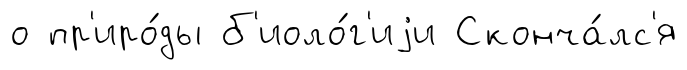
о пр'иро́ды б'иоло́г'иjи Сконча́лс'я